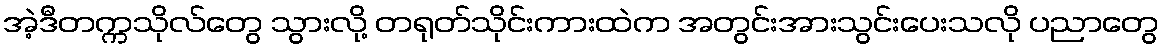
အဲ့ဒီတက္ကသိုလ်တွေ သွားလို့ တရုတ်သိုင်းကားထဲက အတွင်းအားသွင်းပေးသလို ပညာတွေ